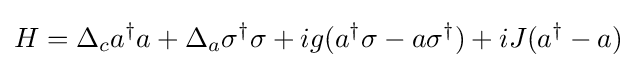
H=\Delta _{c}a^{\dagger }a+\Delta _{a}\sigma ^{\dagger }\sigma +ig(a^{\dagger }\sigma -a\sigma ^{\dagger })+iJ(a^{\dagger }-a)